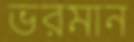
ভরমান